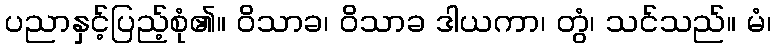
ပညာနှင့်ပြည့်စုံ၏။ ဝိသာခ၊ ဝိသာခ ဒါယကာ၊ တွံ၊ သင်သည်။ မံ၊